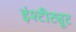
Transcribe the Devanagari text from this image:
इंश्टीट्यूट